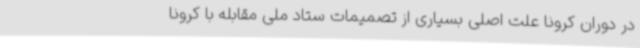
در دوران کرونا علت اصلی بسیاری از تصمیمات ستاد ملی مقابله با کرونا